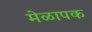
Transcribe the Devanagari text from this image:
मेळापक